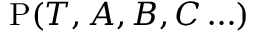
\mathrm { P } ( { \cal T } , A , B , C \ldots )